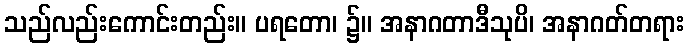
သည်လည်းကောင်းတည်း။ ပရတော၊ ၌။ အနာဂတာဒီသုပိ၊ အနာဂတ်တရား